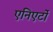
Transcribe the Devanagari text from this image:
एनिएर्टो